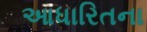
આધારિતના